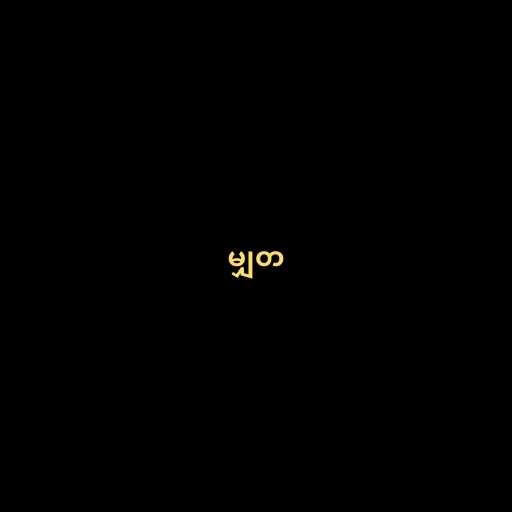
မျှတ